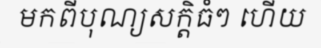
មកពីបុណ្យសក្តិធំៗ ហើយ